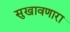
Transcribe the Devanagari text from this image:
सुखावणारा